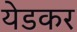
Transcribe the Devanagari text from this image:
येडकर